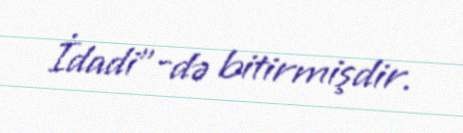
İdadi"-də bitirmişdir.